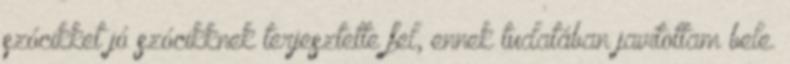
szócikket jó szócikknek terjesztette fel, ennek tudatában javítottam bele.